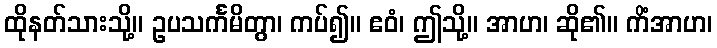
ထိုနတ်သားသို့။ ဥပသင်္ကမိတွာ၊ ကပ်၍။ ဧဝံ၊ ဤသို့။ အာဟ၊ ဆို၏။ ကိံအာဟ၊